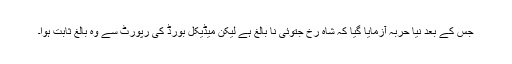
جس کے بعد نیا حربہ آزمایا گیا کہ شاہ رخ جتوئی نا بالغ ہے لیکن میڈیکل بورڈ کی رپورٹ سے وہ بالغ ثابت ہوا۔